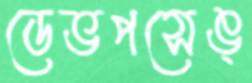
ডেভপসেঙ্